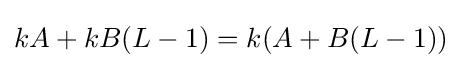
kA+kB(L-1)=k(A+B(L-1))